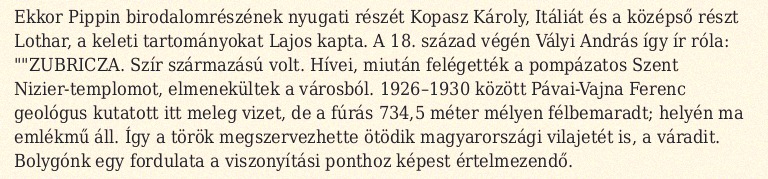
Ekkor Pippin birodalomrészének nyugati részét Kopasz Károly, Itáliát és a középső részt Lothar, a keleti tartományokat Lajos kapta. A 18. század végén Vályi András így ír róla: ""ZUBRICZA. Szír származású volt. Hívei, miután felégették a pompázatos Szent Nizier-templomot, elmenekültek a városból. 1926–1930 között Pávai-Vajna Ferenc geológus kutatott itt meleg vizet, de a fúrás 734,5 méter mélyen félbemaradt; helyén ma emlékmű áll. Így a török megszervezhette ötödik magyarországi vilajetét is, a váradit. Bolygónk egy fordulata a viszonyítási ponthoz képest értelmezendő.